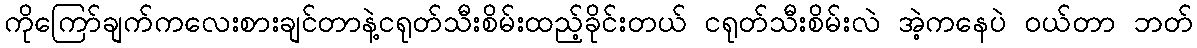
ကိုကြော်ချက်ကလေးစားချင်တာနဲ့ငရုတ်သီးစိမ်းထည့်ခိုင်းတယ် ငရုတ်သီးစိမ်းလဲ အဲ့ကနေပဲ ဝယ်တာ ဘတ်